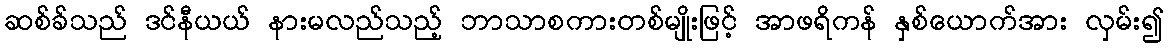
ဆစ်ခ်သည် ဒင်နီယယ် နားမလည်သည့် ဘာသာစကားတစ်မျိုးဖြင့် အာဖရိကန် နှစ်ယောက်အား လှမ်း၍